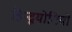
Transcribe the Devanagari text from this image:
हिन्दूयोगियों